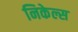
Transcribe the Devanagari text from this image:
निकेल्स